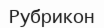
Рубрикон